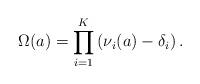
LaTeX: \begin{align*} \Omega(a)=\prod_{i=1}^{K}\left(\nu_i(a)-\delta_i\right). \end{align*}